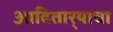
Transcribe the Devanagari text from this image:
आदितार्‍याचा